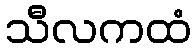
သီလကထံ